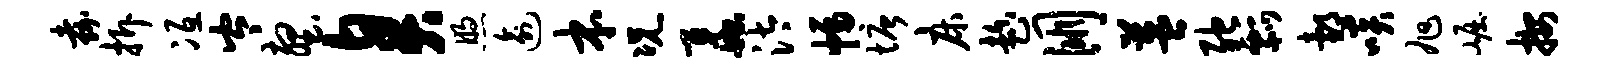
嘉拆冱岑壑臭煦逾本况蠡汰幅塘床趁朋益弛瓢邰啖旭崛按